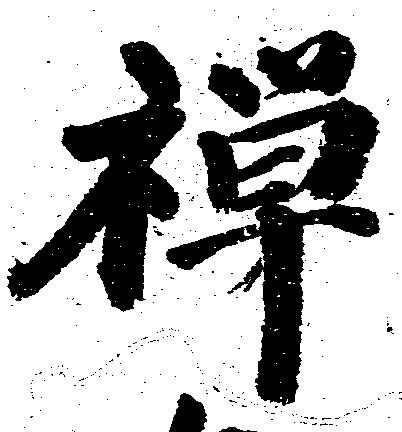
禅